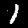
Digit: 1